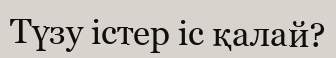
Түзу істер іс қалай?